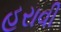
હરાવી